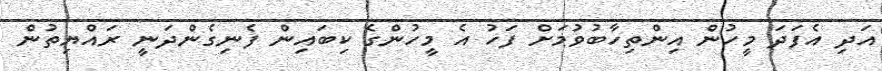
އަދި އެފަދަ މީހުން އިންތިހާބުވުމަށް ފަހު އެ މީހުންގެ ކިބައިން ފެނިގެންދަނީ ރައްޔިތުން